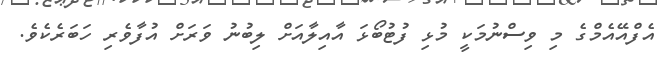
އެފްއޭއެމްގެ މި ވިސްނުމަކީ މުޅި ފުޓުބޯޅަ އާއިލާއަށް ލިބުނު ވަރަށް އުފާވެރި ހަބަރެކެވެ.